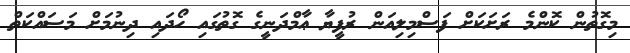
މިގޮތުން ކޮންމެ ރަށަކަށް ފަސްމިލިއަން ރުފީޔާ ޢާމްދަނީގެ ގޮތުގައި ހޯދައި ދިނުމަށް މަސައްކަތް